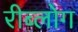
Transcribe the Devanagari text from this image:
रीब्लोग